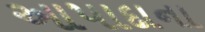
આપાદાના